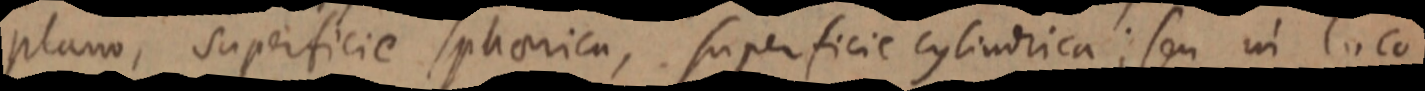
plano, superficie sphaerica, superficie cylindrica; seu in loco